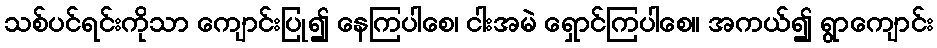
သစ်ပင်ရင်းကိုသာ ကျောင်းပြု၍ နေကြပါစေ၊ ငါးအမဲ ရှောင်ကြပါစေ။ အကယ်၍ ရွာကျောင်း